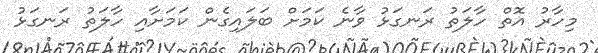
މިހާރު އޮތް ހާލަތު ރަނގަޅު ވާނެ ކަމަށް ބަލައިގެން ކަމަށާއި ހާލަތު ރަނގަޅު